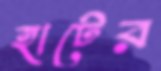
হাটের